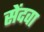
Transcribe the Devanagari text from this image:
सेंदवा